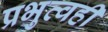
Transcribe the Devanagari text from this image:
प्रभुत्वही